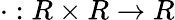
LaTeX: \cdot:R\times R\to R